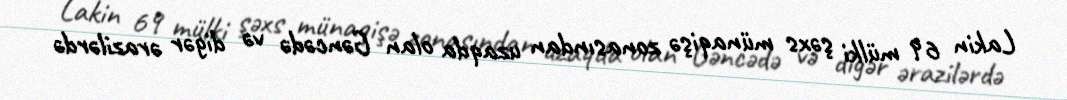
Lakin 69 mülki şəxs münaqişə zonasından uzaqda olan Gəncədə və digər ərazilərdə